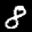
Label: 8